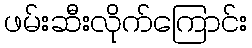
ဖမ်းဆီးလိုက်ကြောင်း